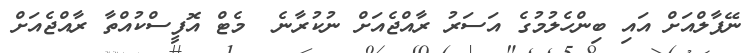
ނޭޕާލްއަށް އައި ބިންހެލުމުގެ އަސަރު ރާއްޖެއަށް ނުކުރާނެ  މެޓް އޮފީސްކުއްތާ ރާއްޖެއަށް